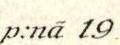
p:nä 19